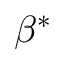
\beta ^ { * }